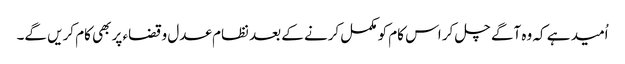
اُمید ہے کہ وہ آگے چل کر اس کام کو مکمل کرنے کے بعد نظام عدل وقضاء پر بھی کام کریں گے۔